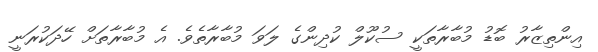
އިންތިޒާރު ބޮޑު މުބާރާތަކީ ސުކޫލް ކުދިންގެ ލަވަ މުބާރާތެވެ. އެ މުބާރާތަށް ހޭދަކުރަނީ